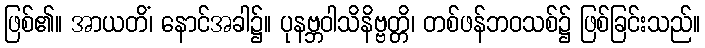
ဖြစ်၏။ အာယတိံ၊ နောင်အခါ၌။ ပုနဗ္ဘဝါသိနိဗ္ဗတ္တိ၊ တစ်ဖန်ဘဝသစ်၌ ဖြစ်ခြင်းသည်။